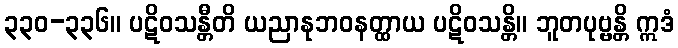
၃၃၀-၃၃၆။ ပဋိဝသန္တီတိ ယညာနုဘဝနတ္ထာယ ပဋိဝသန္တိ။ ဘူတပုဗ္ဗန္တိ ဣဒံ